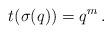
LaTeX: \begin{align*}t(\sigma(q)) = q^m \,.\end{align*}